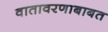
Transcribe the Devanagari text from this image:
वातावरणाबाबत